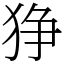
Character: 狰